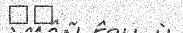
٧٨